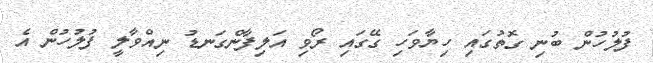
ފުލުހުން ބުނި ގޮތުގައި ހިޔާވަހި ގޭގައި ރޯވި އަލިފާންގަނޑު ނިއްވާލީ ފުލުހުން އެ